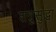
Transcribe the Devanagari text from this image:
शत्रूसुद्धा